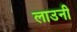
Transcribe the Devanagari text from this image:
लाउनी